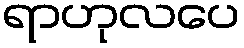
ရာဟုလပေ